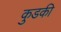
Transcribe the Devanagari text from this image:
कुडकी